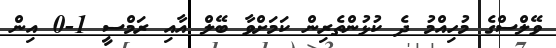
ވޭލްސްގެ މުހިއްމު ދެ ކުޅުންތެރިން ކަމަށްވާ ބޭލް އާއި ރަމްސީ 1-0 އިން